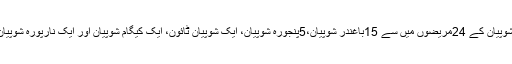
عدوشمار کے مطابق شوپیان کے 24مریضوں میں سے 15باغندر شوپیان،5پنجورہ شوپیان، ایک شوپیان ٹائون، ایک کیگام شوپیان اور ایک نارپورہ شوپیان سے تعلق رکھتا ہے۔